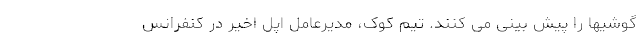
گوشیها را پیش بینی می کنند. تیم کوک، مدیرعامل اپل اخیر در کنفرانس